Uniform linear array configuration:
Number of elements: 8
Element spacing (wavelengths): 0.75
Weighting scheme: cosine
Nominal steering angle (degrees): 60
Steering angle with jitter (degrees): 61.856
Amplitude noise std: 0.05
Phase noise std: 0.05

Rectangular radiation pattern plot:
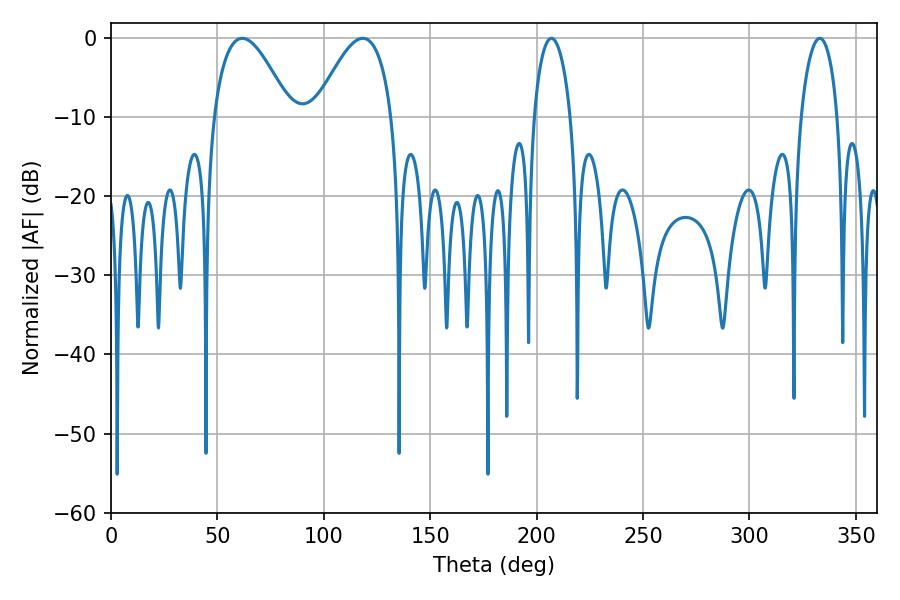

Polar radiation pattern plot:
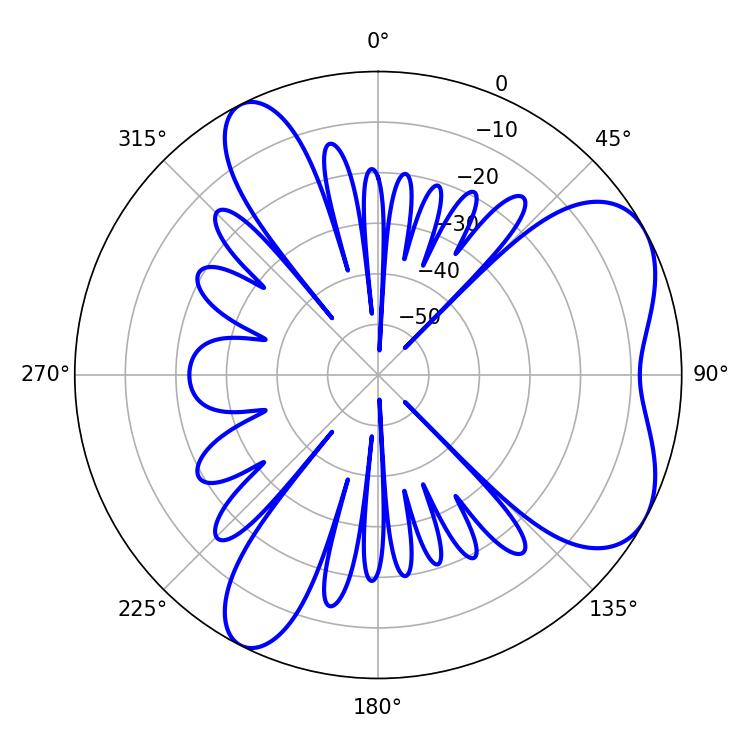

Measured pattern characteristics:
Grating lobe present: TRUE
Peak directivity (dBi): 5.907
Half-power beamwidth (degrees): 19.62
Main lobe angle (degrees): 61.74